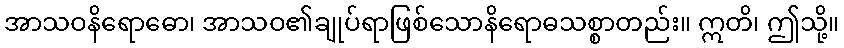
အာသဝနိရောဓော၊ အာသဝ၏ချုပ်ရာဖြစ်သောနိရောဓသစ္စာတည်း။ ဣတိ၊ ဤသို့။